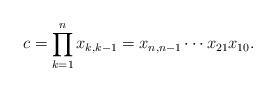
LaTeX: \begin{align*}c=\prod_{k=1}^n x_{k,k-1}=x_{n,n-1}\cdots x_{21}x_{10}.\end{align*}